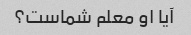
آیا او معلم شماست؟